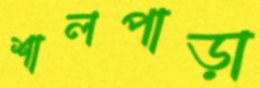
শালপাড়া